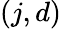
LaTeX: (j,d)